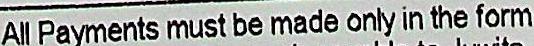
ALL PAYMENTS MUST BE MADE ONLY IN THE FORM